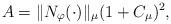
LaTeX: \begin{align*}A = \|N_{\varphi}(\cdot)\|_{\mu} (1 + C_{\mu})^2,\end{align*}